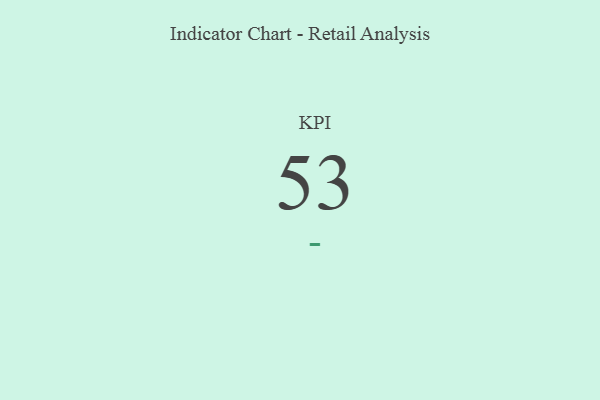
{"axis": {"x": "KPI", "y": "Value"}, "legend": [""], "data": [{"x": "KPI", "y": 53, "type": ""}]}